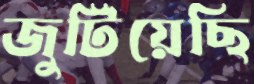
জুটিয়েছি